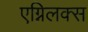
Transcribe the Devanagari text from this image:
एग्निलक्स